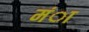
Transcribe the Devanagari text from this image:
मंा